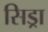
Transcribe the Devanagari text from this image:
सिड्रा